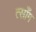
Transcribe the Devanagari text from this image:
त्साँग